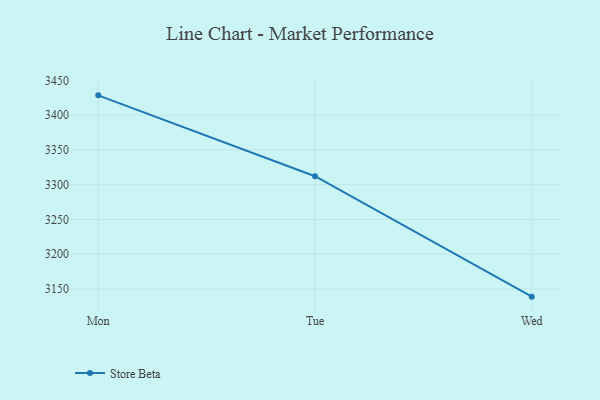
{"axis": {"x": "Day", "y": "Production Output"}, "legend": ["Store Beta"], "data": [{"x": "Mon", "y": 3428.4, "type": "Store Beta"}, {"x": "Tue", "y": 3312.1, "type": "Store Beta"}, {"x": "Wed", "y": 3138.9, "type": "Store Beta"}]}